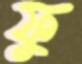
ফু